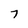
Character: 7